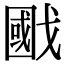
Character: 𢧷